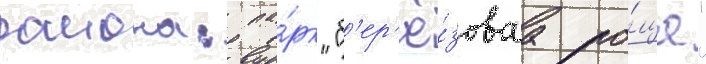
раиона: па́рк "б'ер'ё́зоваа ро́ща"